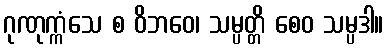
ဂုဏုက္ကံသေ စ ဝိဘဝေ၊ သမ္ပတ္တိ စေဝ သမ္ပဒါ။